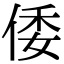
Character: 倭